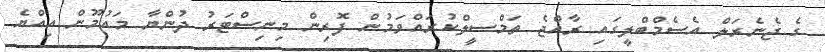
ގެ ޖެނެރަލް އެސެމްބްލީގައި ރާއްޖެ ތަމްސީލްކުރައްވަމުން ފޮރިން މިނިސްޓަރު ދުންޔާ މައުމޫން އިއްޔެ